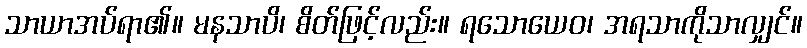
သာယာအပ်ရာ၏။ မနသာပိ၊ စိတ်ဖြင့်လည်း။ ရသောယေဝ၊ အရသာကိုသာလျှင်။